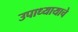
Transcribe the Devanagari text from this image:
उपाध्यायाचे